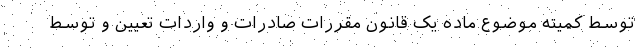
توسط کمیته موضوع ماده یک قانون مقررات صادرات و واردات تعیین و توسط